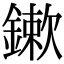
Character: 鏉